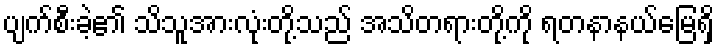
ပျက်စီးခဲ့၏ သိသူအားလုံးတို့သည် အသိတရားတို့ကို ရတနာနယ်မြေရှိ